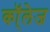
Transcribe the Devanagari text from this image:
कॉ्लेज